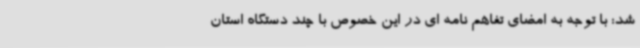
شد: با توجه به امضای تفاهم نامه ای در این خصوص با چند دستگاه استان